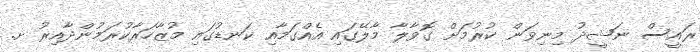
ރައީސް ނަޝީދު މިނިވަން ކުރުމަށް ގޮވާލާ މާލޭގައި އެއްގަމާއި ކަނޑުގައި މުޒާހަރާކުރަމުންދާއިރު ށ.